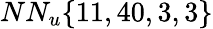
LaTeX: NN_{u}\{ 11,40,3,3\}